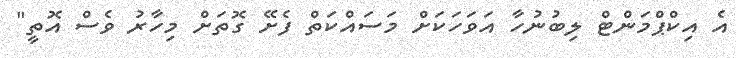
އެ އިކްޕްމަންޓް ލިބުނުހާ އަވަހަކަށް މަސައްކަތް ފެށޭ ގޮތަށް މިހާރު ވެސް އޮތީ"